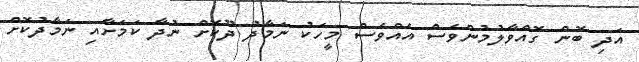
އަދި ބޮން ގޮއްވާލުމުންވެސް އެއްވެސް މީހަކު ނަމާދު ދޫކޮށް ނުދާ ކަމަށާއި ނަމާދުކޮށް